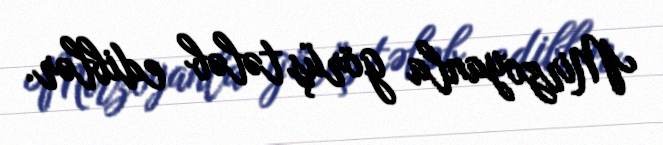
Mirzoyanla görüş tələb ediblər.